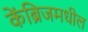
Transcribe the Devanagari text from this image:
केंब्रिजमधील